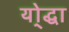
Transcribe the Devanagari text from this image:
यो्द्धा